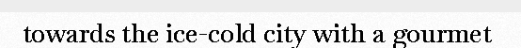
towards the ice-cold city with a gourmet